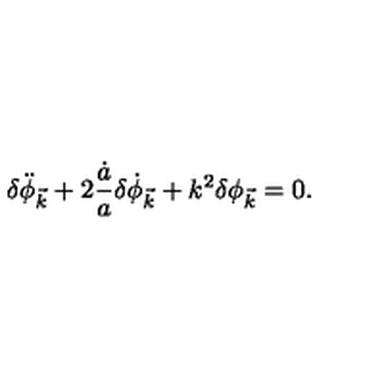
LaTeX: \delta \ddot { \phi } _ { \vec { k } } + 2 \frac { \dot { a } } { a } \delta \dot { \phi } _ { \vec { k } } + k ^ { 2 } \delta \phi _ { \vec { k } } = 0 .